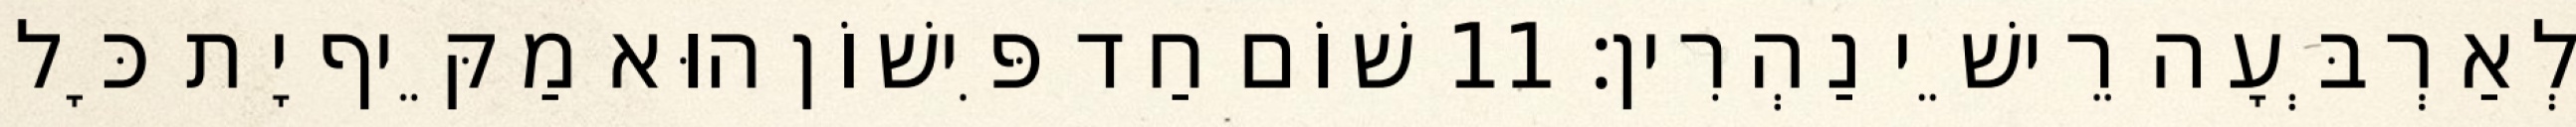
לְאַרְבְּעָה רֵישֵׁי נַהְרִין׃ 11 שׁוֹם חַד פִּישׁוֹן הוּא מַקֵּיף יָת כָּל